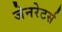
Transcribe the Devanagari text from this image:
जेनरेटर्स